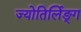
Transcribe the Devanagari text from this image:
ज्योतिर्लिङ्ग